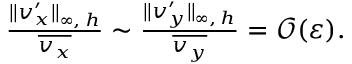
\begin{array} { r } { \frac { \| v _ { x } ^ { \prime } \| _ { \infty , \: h } } { \overline { { v _ { x } } } } \sim \frac { \| v _ { y } ^ { \prime } \| _ { \infty , \: h } } { \overline { { v _ { y } } } } = \mathcal { O } ( \varepsilon ) . } \end{array}